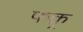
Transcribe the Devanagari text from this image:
फक़्र